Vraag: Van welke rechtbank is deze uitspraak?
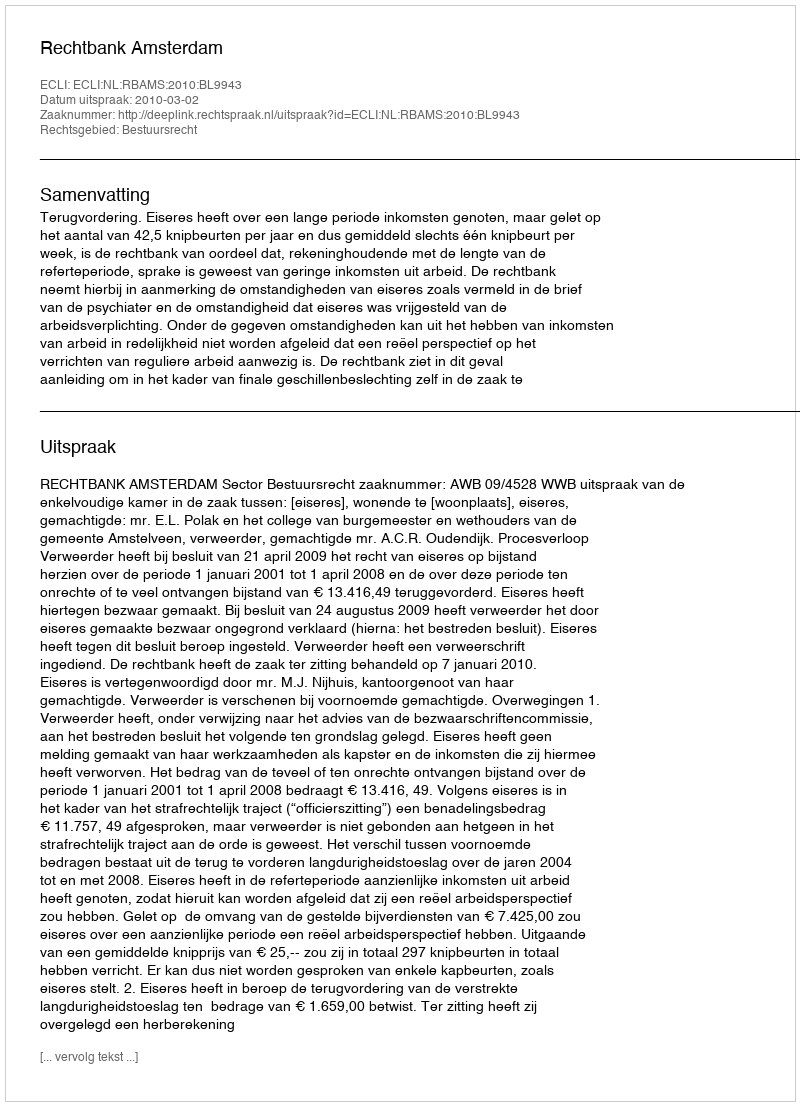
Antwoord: Rechtbank Amsterdam